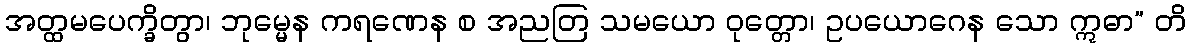
အတ္ထမပေက္ခိတွာ၊ ဘုမ္မေန ကရဏေန စ အညတြ သမယော ဝုတ္တော၊ ဥပယောဂေန သော ဣဓာ” တိ